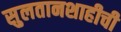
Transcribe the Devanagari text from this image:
सुलतानशाहीची